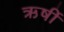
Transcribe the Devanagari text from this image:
ऋर्षी